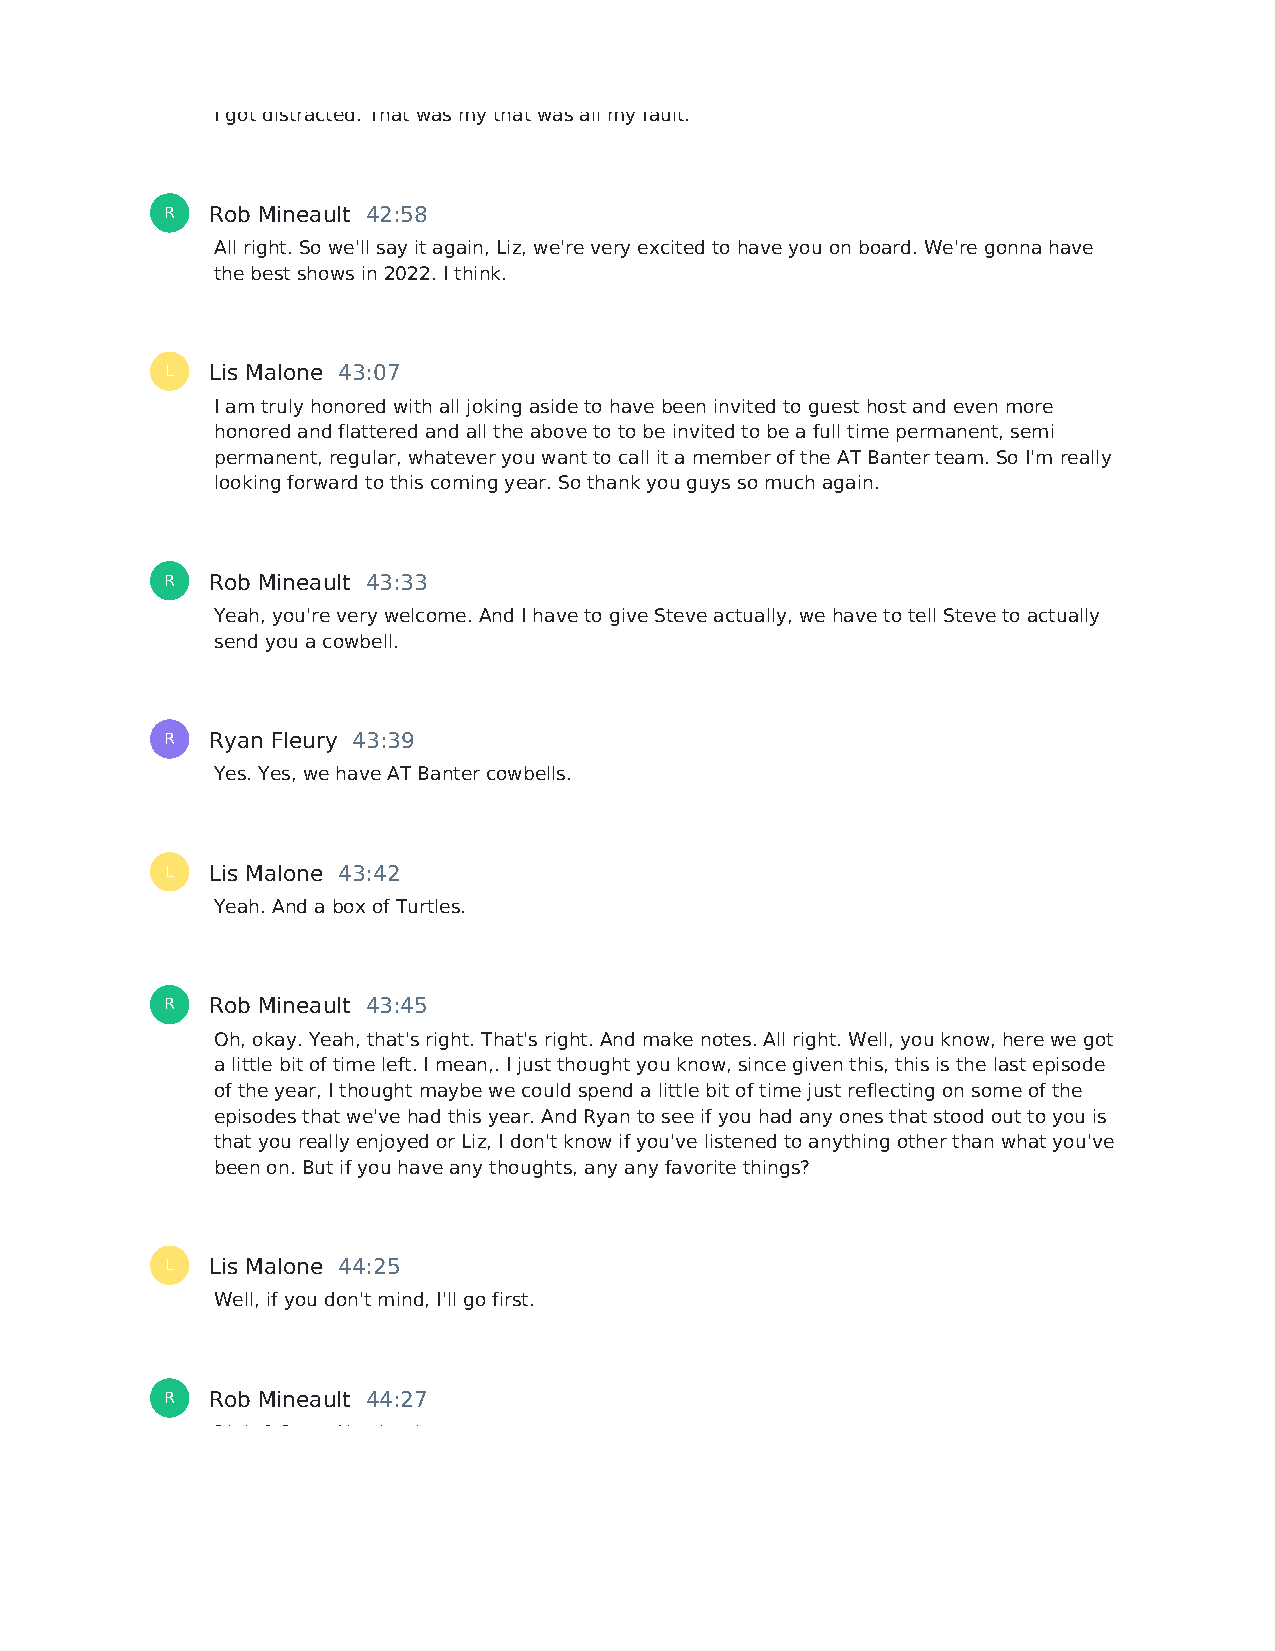
I got distracted. That was my that was all my fault.
 R  Rob Mineault 42:58
 All right. So we'll say it again, Liz, we're very excited to have you on board. We're gonna have
 the best shows in 2022. I think.
 L  Lis Malone 43:07
 I am truly honored with all joking aside to have been invited to guest host and even more
 honored and flattered and all the above to to be invited to be a full time permanent, semi
 permanent, regular, whatever you want to call it a member of the AT Banter team. So I'm really
 looking forward to this coming year. So thank you guys so much again.
 R  Rob Mineault 43:33
 Yeah, you're very welcome. And I have to give Steve actually, we have to tell Steve to actually
 send you a cowbell.
 R  Ryan Fleury 43:39
 Yes. Yes, we have AT Banter cowbells.
 L  Lis Malone 43:42
 Yeah. And a box of Turtles.
 R  Rob Mineault 43:45
 Oh, okay. Yeah, that's right. That's right. And make notes. All right. Well, you know, here we got
 a little bit of time left. I mean,. I just thought you know, since given this, this is the last episode
 of the year, I thought maybe we could spend a little bit of time just reflecting on some of the
 episodes that we've had this year. And Ryan to see if you had any ones that stood out to you is
 that you really enjoyed or Liz, I don't know if you've listened to anything other than what you've
 been on. But if you have any thoughts, any any favorite things?
 L  Lis Malone 44:25
 Well, if you don't mind, I'll go first.
 R  Rob Mineault 44:27
 Right? Sure. Absolutely.